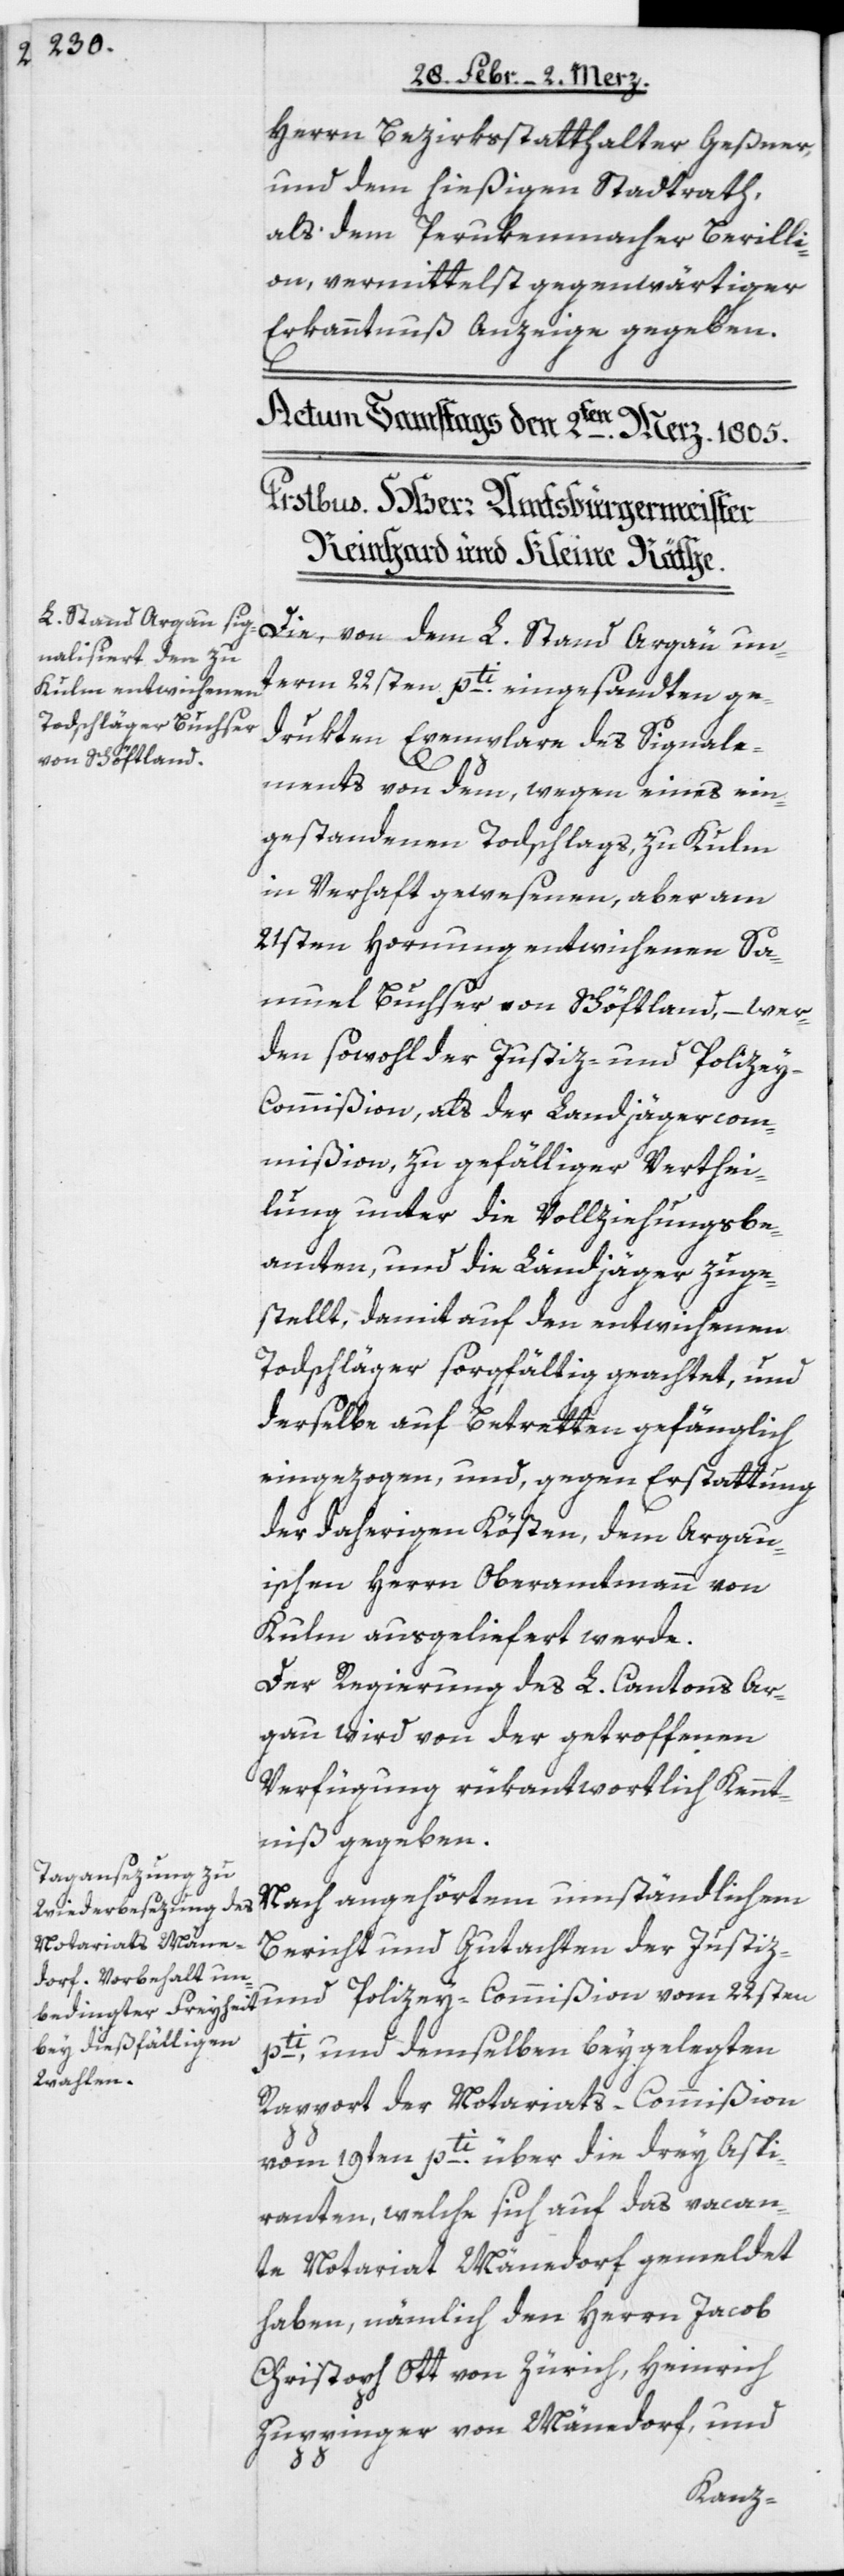
Herrn Bezirksstatthalter Geßner,
und dem hießigen Stadtrath,
als dem Perukenmacher Berilli¬
on, vermittelst gegenwärtiger
Erkanntnuß Anzeige gegeben.
vom
Die, von dem L. Stand Argau un¬
term 22sten pti. eingesandten ge¬
drukten Exemplare des Signale¬
ments von dem, wegen eines ein¬
gestandenen Todschlags, zu Kulm
in Verhaft gewesenen, aber am
21sten Hornung entwichenen Sa¬
muel Buchser von Schöftland, – wer¬
den sowohl der Justiz- und Polize¬
y-Commißion, als der Landjägercom¬
mißion zu gefälliger Verthei¬
lung unter die Vollziehungsbe¬
amten und die Landjäger zuge¬
stellt, damit auf den entwichenen
Todschläger sorgfältig geachtet, und
derselbe auf Betretten gefänglich
eingezogen, und, gegen Erstattung
der daherigen Kösten, dem Argau¬
ischen Herrn Oberamtmann von
Kulm ausgeliefert werde.
Der Regierung des L. Cantons Ar¬
gau wird von der getroffenen
Verfügung rükantwortlich Kennt¬
niß gegeben.
Nach angehörtem umständlichen
Bericht und Gutachten der Justiz-
pti, und demselben beygelegten
Rapport der Notariats-Commißion
vom 19ten pti. über die drey Aspi¬
ranten, welche sich auf das vacan¬
te Notariat Mänedorf gemeldet
haben, nämlich den Herrn Jacob
Christoph Ott von Zürich, Heinrich
Zuppinger von Mänedorf; und